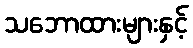
သဘောထားများနှင့်